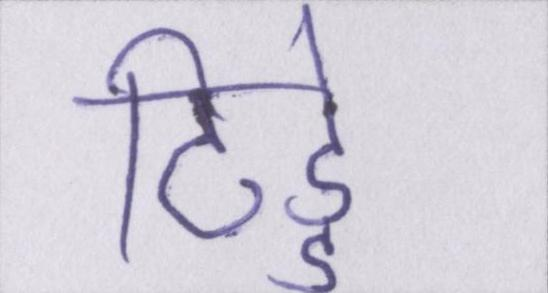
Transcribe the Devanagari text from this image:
टिड्डे